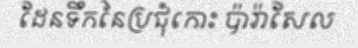
ដែនទឹកនៃប្រជុំកោះ ប៉ារ៉ាសែល